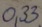
Text: 0,33